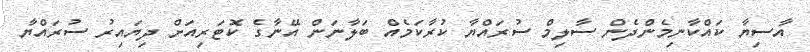
އާސިޔާ ކައްކާނިމެންދެން ސާލިމް ސުރައްޔާ ކުރާކަމެއް ބަލާނަން އޭނާގެ ކޮޓަރިއަށް ދިޔައިރު ސުރައްޔާ